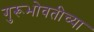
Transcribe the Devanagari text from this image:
गुरूभोवतीच्या